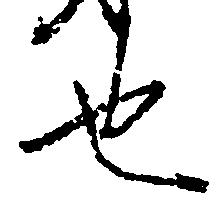
也